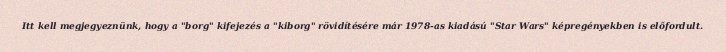
Itt kell megjegyeznünk, hogy a "borg" kifejezés a "kiborg" rövidítésére már 1978-as kiadású "Star Wars" képregényekben is előfordult.